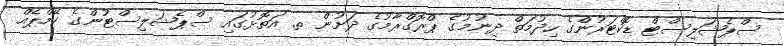
ސްޕެޝަލިސްޓް ޑޮކްޓަރުންގެ ހިދުމަތް ދިނުމުގެ ޕްރޮގްރާމުގެ ދަށުން ތ. އަތޮޅުގައި ސްޕެޝަލިސްޓުންގެ ކޭމްޕެއް